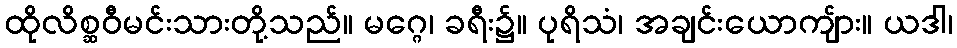
ထိုလိစ္ဆဝီမင်းသားတို့သည်။ မဂ္ဂေ၊ ခရီး၌။ ပုရိသံ၊ အချင်းယောကျ်ား။ ယဒါ၊